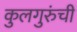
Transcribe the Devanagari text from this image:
कुलगुरुंची